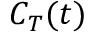
C _ { T } ( t )